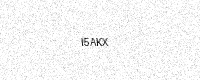
Text: I5AKX